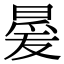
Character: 㬊